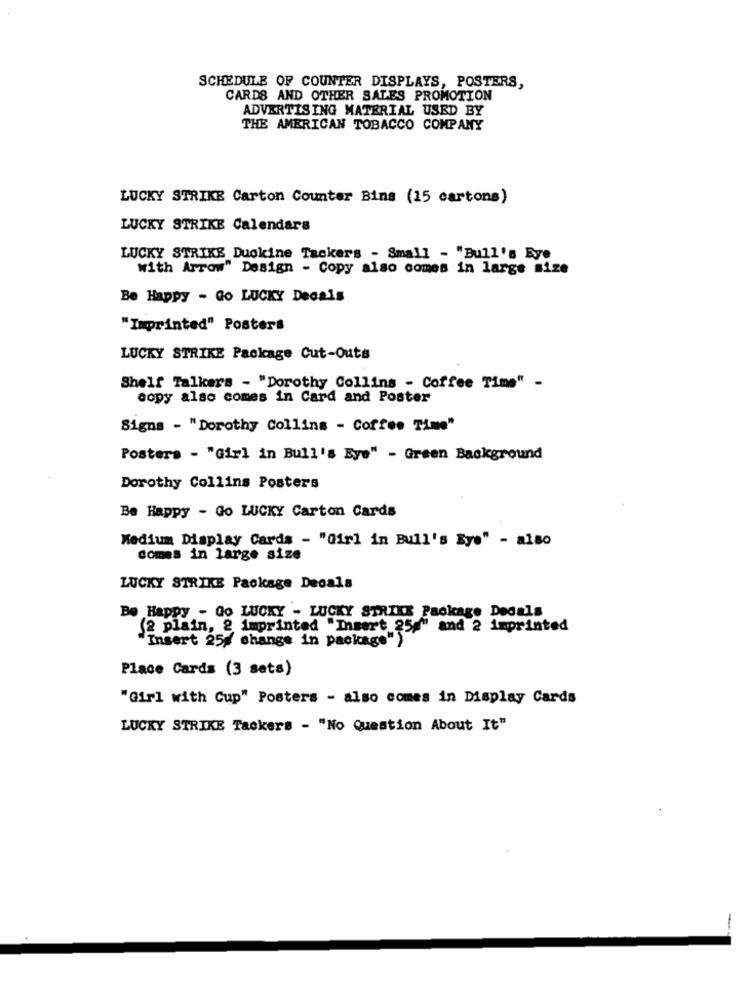
SCHEDULE OF COUNTER DISPLAYS, POSTERS,
CARDS AND OTHER SALES PROMOTION
ADVERTISING MATERIAL USED BY
THE AMERICAN TOBACCO COMPANY
LUCKY STRIKE Carton Counter Bins (15 cartons)
LUCKY STRIKE Calendars
LUCKY STRIKE Duokine Tackers - Small - "Bull's Eye
with Arrow" Design - Copy also comes in large mize
Be Happy - Go LUCKY Decals
"Imprinted" Posters
LUCKY STRIKE Package Cut-Outs
Shelf Talkers - "Dorothy Collins - Coffee Time" -
copy also comes in Card and Poster
Signs - "Dorothy Collins - Coffee Time"
Posters - "Girl in Bull's Eye" - Green Background
Dorothy Collins Posters
Be Happy - Go LUCKY Carton Cards
Medium Display Cards - "Girl in Bull's Eye" - also
comes in large size
LUCKY STRIKE Package Decals
Be Happy - Go LUCKY - LUCKY STRIKE Package Decals
(2 plain, 2 imprinted "Insert 25
25g" and 2 imprinted
Insert 25g change in package")
Place Cards (3 sets)
"Girl with Cup" Posters - also comes in Display Cards
LUCKY STRIKE Tackers - "No Question About It"
-